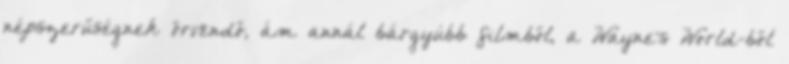
népszerűségnek örvendő, ám annál bárgyúbb filmből, a Wayne's World-ből